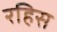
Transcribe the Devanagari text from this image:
रहिस